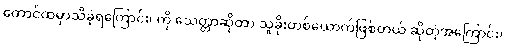
ထောင်ထဲမှာသိခဲ့ရကြောင်း၊ ကို သေတ္တာဆိုတာ သူခိုးတစ်ယောက်ဖြစ်တယ် ဆိုတဲ့အကြောင်း၊